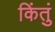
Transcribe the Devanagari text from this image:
किंतुं